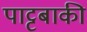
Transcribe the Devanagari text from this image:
पाट्टबाकी